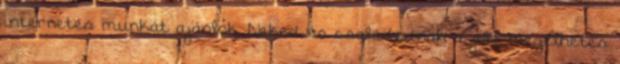
internetes munkát ajánlok. Neked és családodnak a jobb megélhetés